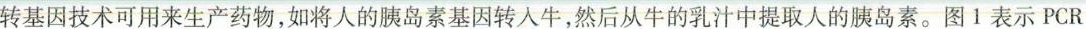
转基因技术可用来生产药物，如将人的胰岛素基因转入牛，然后从牛的乳汁中提取人的胰岛素。图1表示PCR